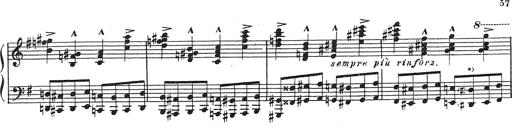
Title: Grosses Konzertsolo
Composer: Franz Liszt